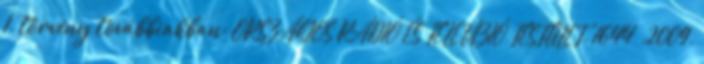
I. törvény továbbiakban: ORSZÁGOS RÁDIÓ ÉS TELEVÍZIÓ TESTÜLET. 1644 2009.